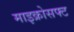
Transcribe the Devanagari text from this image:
माइक्रोसफ्ट